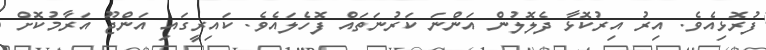
ފުރޮޅިއެވެ. އިރު އިރުކޮޅާ ދެލޮލުން އަންނަ ކަރުނަތައް ފޮހެލައެވެ. ކައިރީގައި އަންޖޫ އަރާމުކޮށް